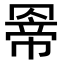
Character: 𮊊